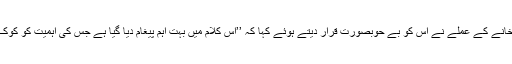
جس کے بعد امریکی قونصل خانے کے عملے نے اس کو بے حوبصورت قرار دیتے ہوئے کہا کہ ’’اس کلام میں بہت اہم پیغام دیا گیا ہے جس کی اہمیت کو کوک اسٹوڈیو نے اور بڑھا دیا ہے۔